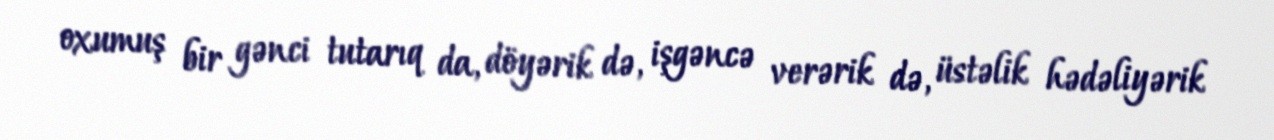
oxumuş bir gənci tutarıq da, döyərik də, işgəncə verərik də, üstəlik hədəliyərik